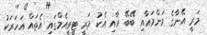
މަރީ އޭނާގެ މަންމައާއި ބޭބޭ އާއި އެކު މަރީ ޓީވީއެމްގައި އެތައް އަހަރަކު